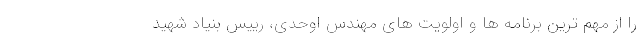
را از مهم ترین برنامه ها و اولویت های مهندس اوحدی، رییس بنیاد شهید